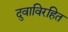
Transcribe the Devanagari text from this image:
दुवाविरहित